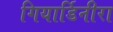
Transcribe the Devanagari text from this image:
गियार्डिनीरा